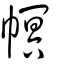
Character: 幎